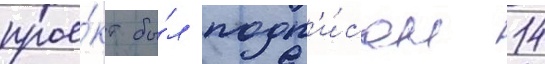
прое́кт бы́л подп'и́сан 14